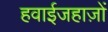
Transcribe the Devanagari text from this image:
हवाईजहाज़ों